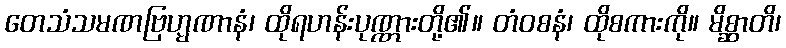
တေသံသမဏဗြဟ္မဏာနံ၊ ထိုရဟန်းပုဏ္ဏားတို့၏။ တံဝစနံ၊ ထိုစကားကို။ မိစ္ဆာတိ၊